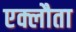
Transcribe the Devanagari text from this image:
एक्लौता